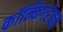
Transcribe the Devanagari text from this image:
कॉन्फिगरेबल